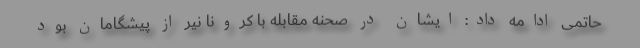
حاتمی ادامه داد: ایشان در صحنه مقابله با کرونا نیر از پیشگامان بود